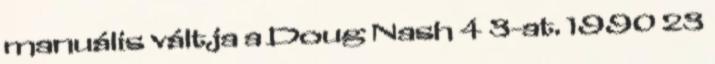
manuális váltja a Doug Nash 4 3-at. 1990 23